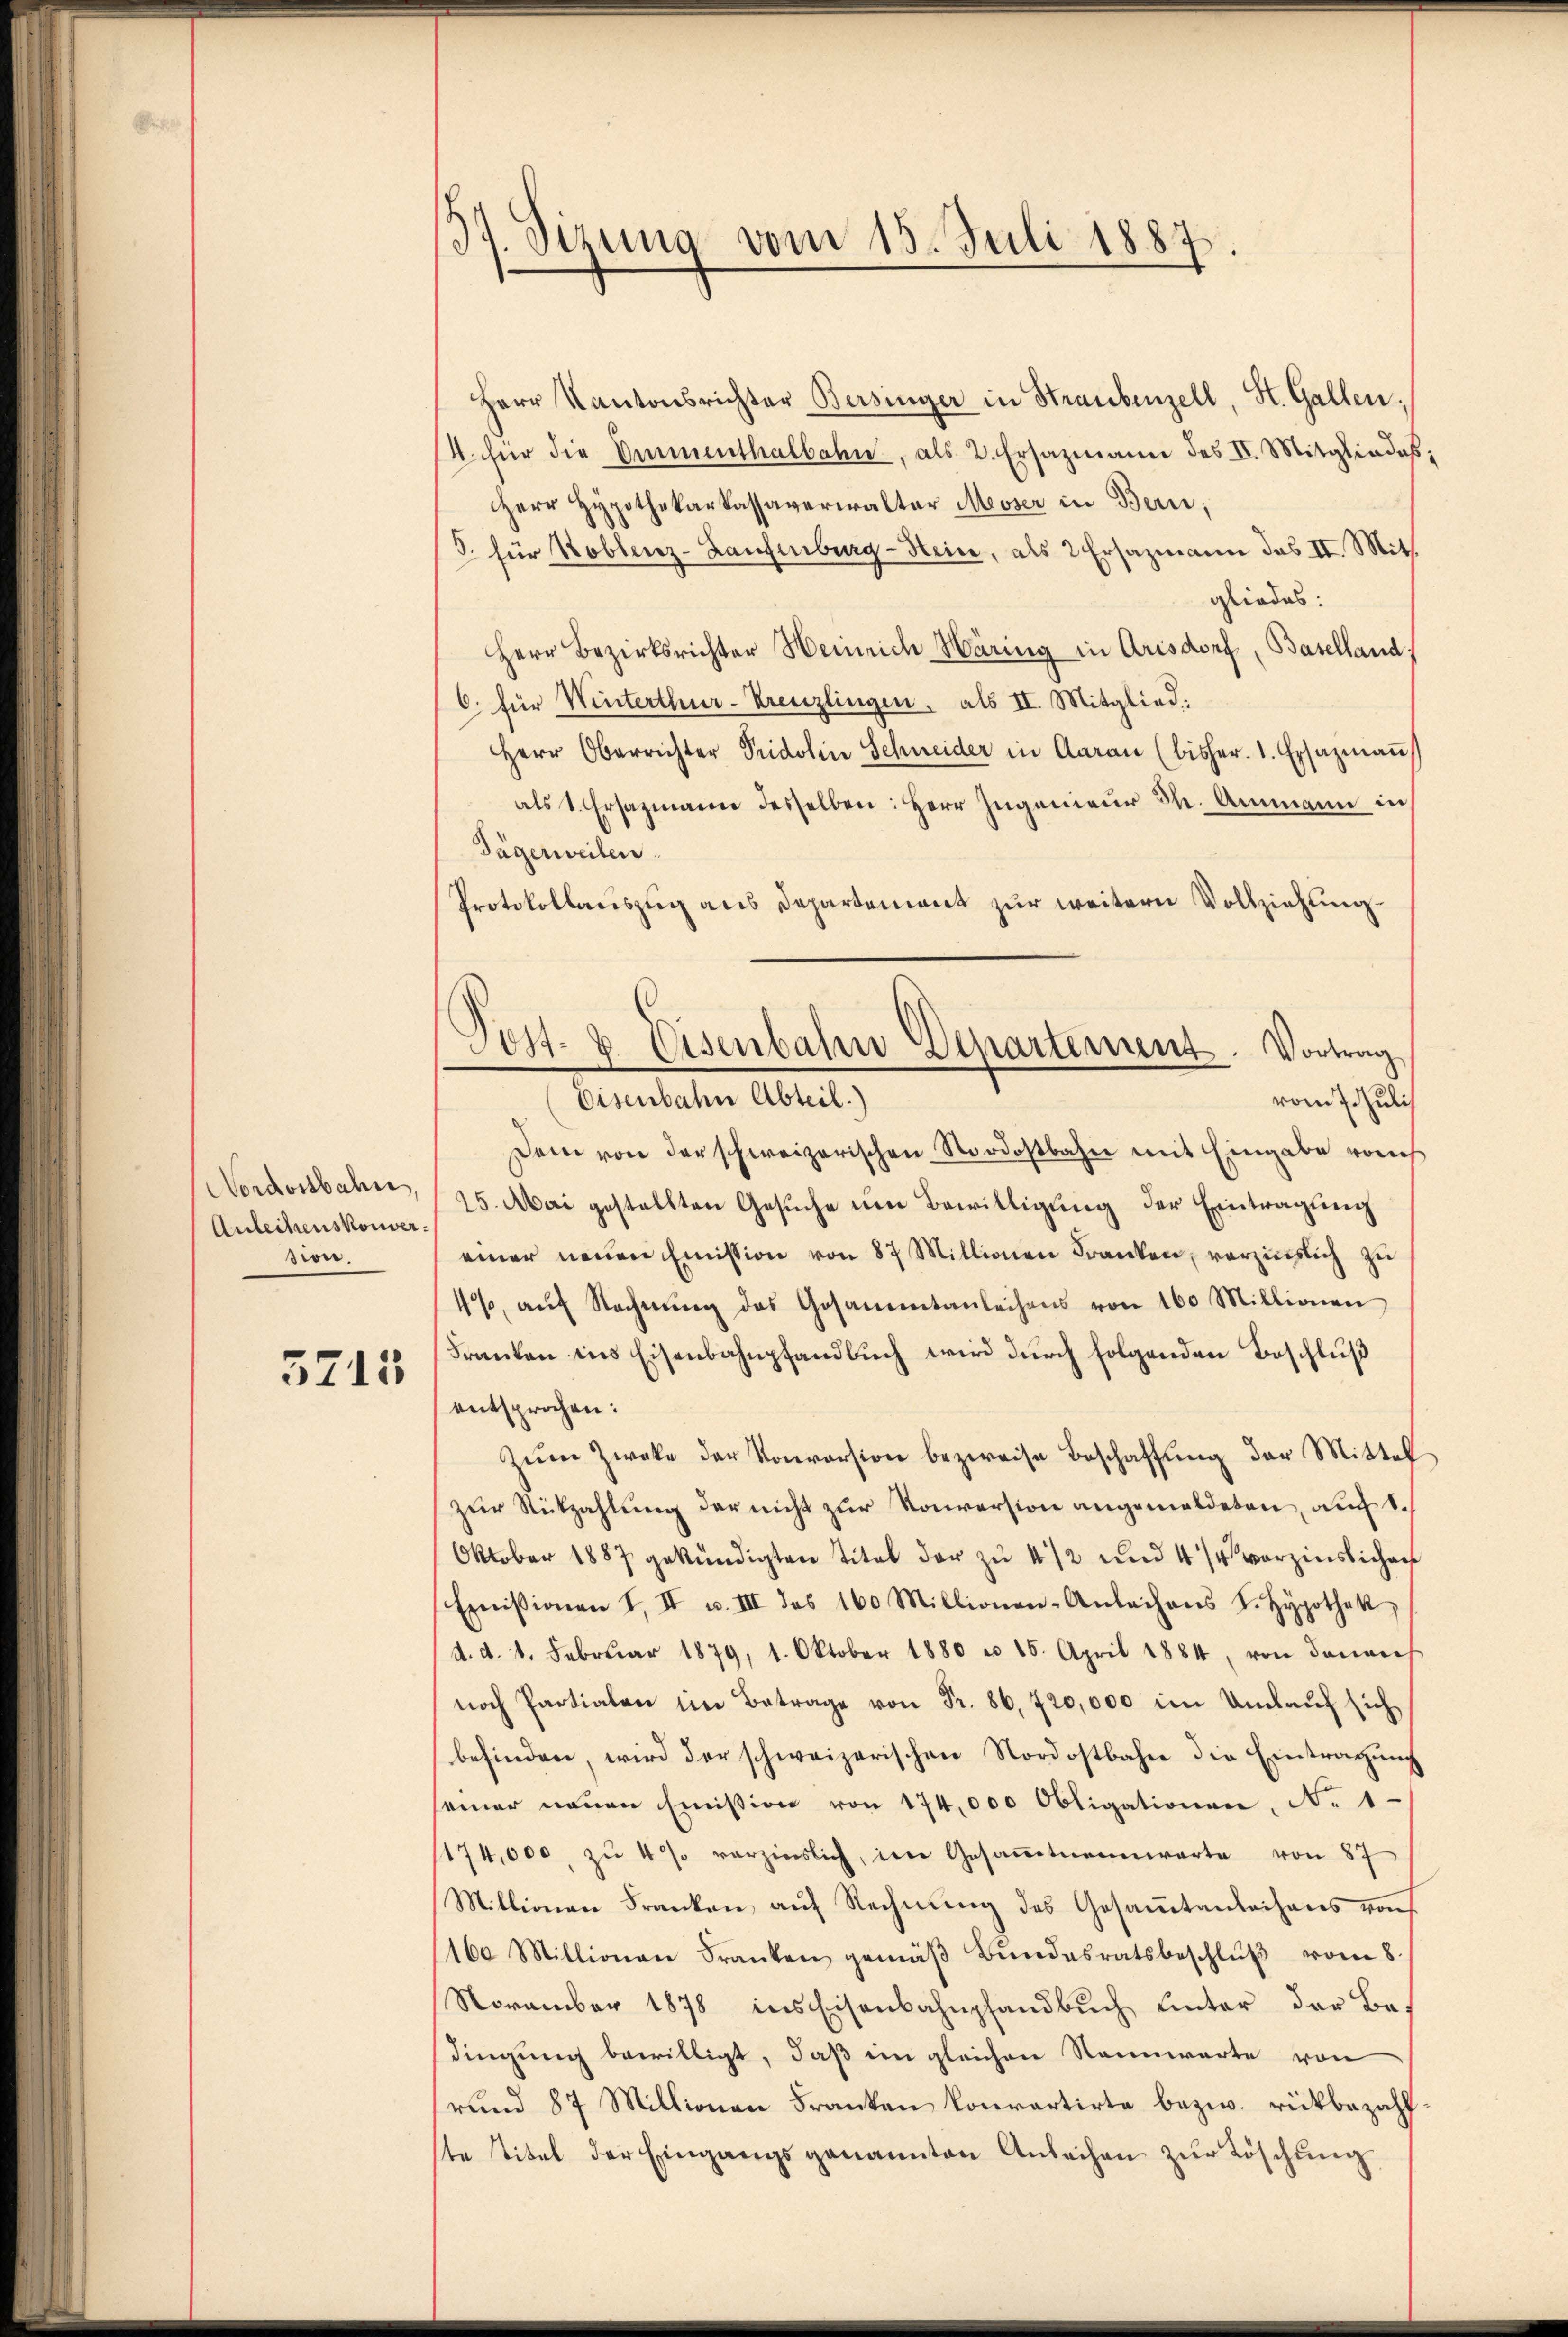
Nordostbahn,
Anleihenskonver
sion.
5713

37. Sizung vom 15. Juli 1887

Herr Kantonsrichter Bersinger in Straubenzell, St. Gallen:
4. für die Emmenthalbahn, als 2. Ersazmann des II. Mitgliedes
Herr Hypothekarkassaverwalter Messer in Bern;
J. für Koblenz-Haufenburg-Hein, als 2 Ersazmann das II. Mitt
gliedes:
Herr Bezirksrichter Heinrich Häring in Arisdorf, Baselland.
6. für Winterthur-Kreuzlingen, als II. Mitglied:
HHerr Oberrichter Pridolin Schneider in Aarau (bisher. 1. Ersazmaṅ
als 1. Ersazmann desselben: Herr Ingenieur dh. Ammann in
Tägerweilen.
Protokollauszug aus Departement zur weitern Vollziehung
vom 7. Juli
Dem von der schweizerischen Nordostbahn mit Eingabe von
25. Mai gestellten Gesuche um Bewilligung der Eintragung
einer neŭen Emission von 87 Millionen Franken, verzinslich zu
4%, aŭf Rechnŭng des Gesammtanleihens von 160 Millionen
Franken ins Eisenbahnpfandbuch wird durch folgenden Beschluß
entsprochen:
Zŭm Zwecke der Konversion bezweife Beschaffŭng der Mittel
zur Rückzahlung der nicht zur Konversion angemeldeten, auch 1.
Oktober 1887 gekündigten Titel der zu 4 1/2 und 4 % verzinslichen
Emissionen I. II u. III des 160 Millionen-Anleihens S. Hypothek
d. d. 1. Febrŭar 1879, 1. Oktober 1880 n 15. April 1884, von danach
noch Partialen im Betrage von Fr. 86, 720,000 im Umlauf sich
befinden, wird der schweizerischen Nordostbahn die Eintragung
seiner neuen Emission von 174,000 Obligationen, N. 1
174,000 zŭ 4% verzinslich, im Gesaṁtennwarte von 87
Millionen Franken, auf Rechnung des Gesammtanleihens von
160 Millionen Franken gemäβ Bŭndesratsbeschlŭβ vom 8.
November 1878 ins Eisenbahnpfandbŭch ŭnter der Be-
dingung bewilligt, daß ein gleichen Rennwarte von
rund 87 Millionen Franken konvartirte bezw. rückbezahl
te Titel der Eingangsgenannten Anleihen zŭr Löschŭng

Post- & Eisenbahn Departement. Vortrag
Eisenbahn Abteil.)